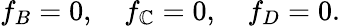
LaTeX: f_{B}=0,~~~~f_{\mathbb{C}}=0,~~~~f_{D}=0.